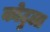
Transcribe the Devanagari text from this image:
कोटुला